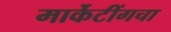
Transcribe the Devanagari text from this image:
मार्केटींगचा